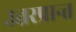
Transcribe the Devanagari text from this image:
उत्तरप्रान्त